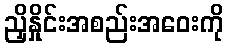
ညှိနှိုင်းအစည်းအဝေးကို